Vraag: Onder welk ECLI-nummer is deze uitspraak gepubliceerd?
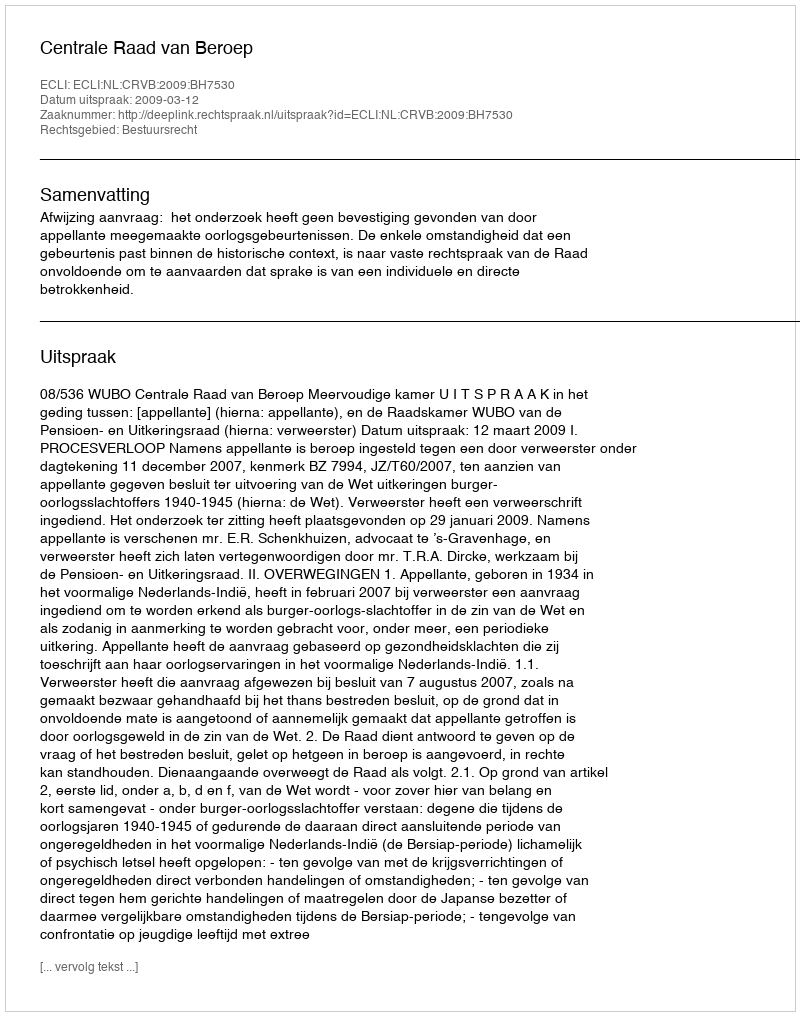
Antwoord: ECLI:NL:CRVB:2009:BH7530